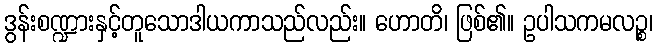
ဒွန်းစဏ္ဍားနှင့်တူသောဒါယကာသည်လည်း။ ဟောတိ၊ ဖြစ်၏။ ဥပါသကမလဉ္စ၊